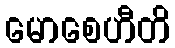
မောစေဟီတိ